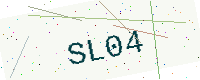
Text: SL04